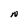
Character: N